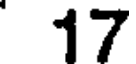
17